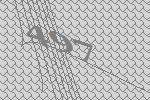
497